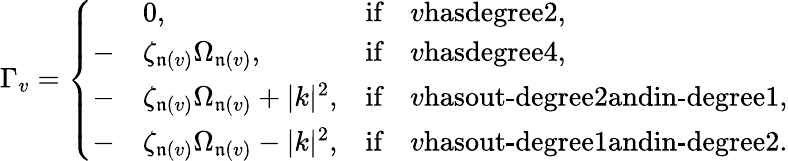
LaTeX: \Gamma_{v}=\left\{ \begin{array}{rlrl}&{0,}&{\textrm{if}}&{v\textrm{hasdegree}2,}\\ {-}&{\zeta_{\mathfrak n(v)}\Omega_{\mathfrak n(v)},}&{\textrm{if}}&{v\textrm{hasdegree}4,}\\ {-}&{\zeta_{\mathfrak n(v)}\Omega_{\mathfrak n(v)}+|k|^{2},}&{\textrm{if}}&{v\textrm{hasout-degree}2\textrm{andin-degree}1,}\\ {-}&{\zeta_{\mathfrak n(v)}\Omega_{\mathfrak n(v)}-|k|^{2},}&{\textrm{if}}&{v\textrm{hasout-degree}1\textrm{andin-degree}2.}\end{array}\right.